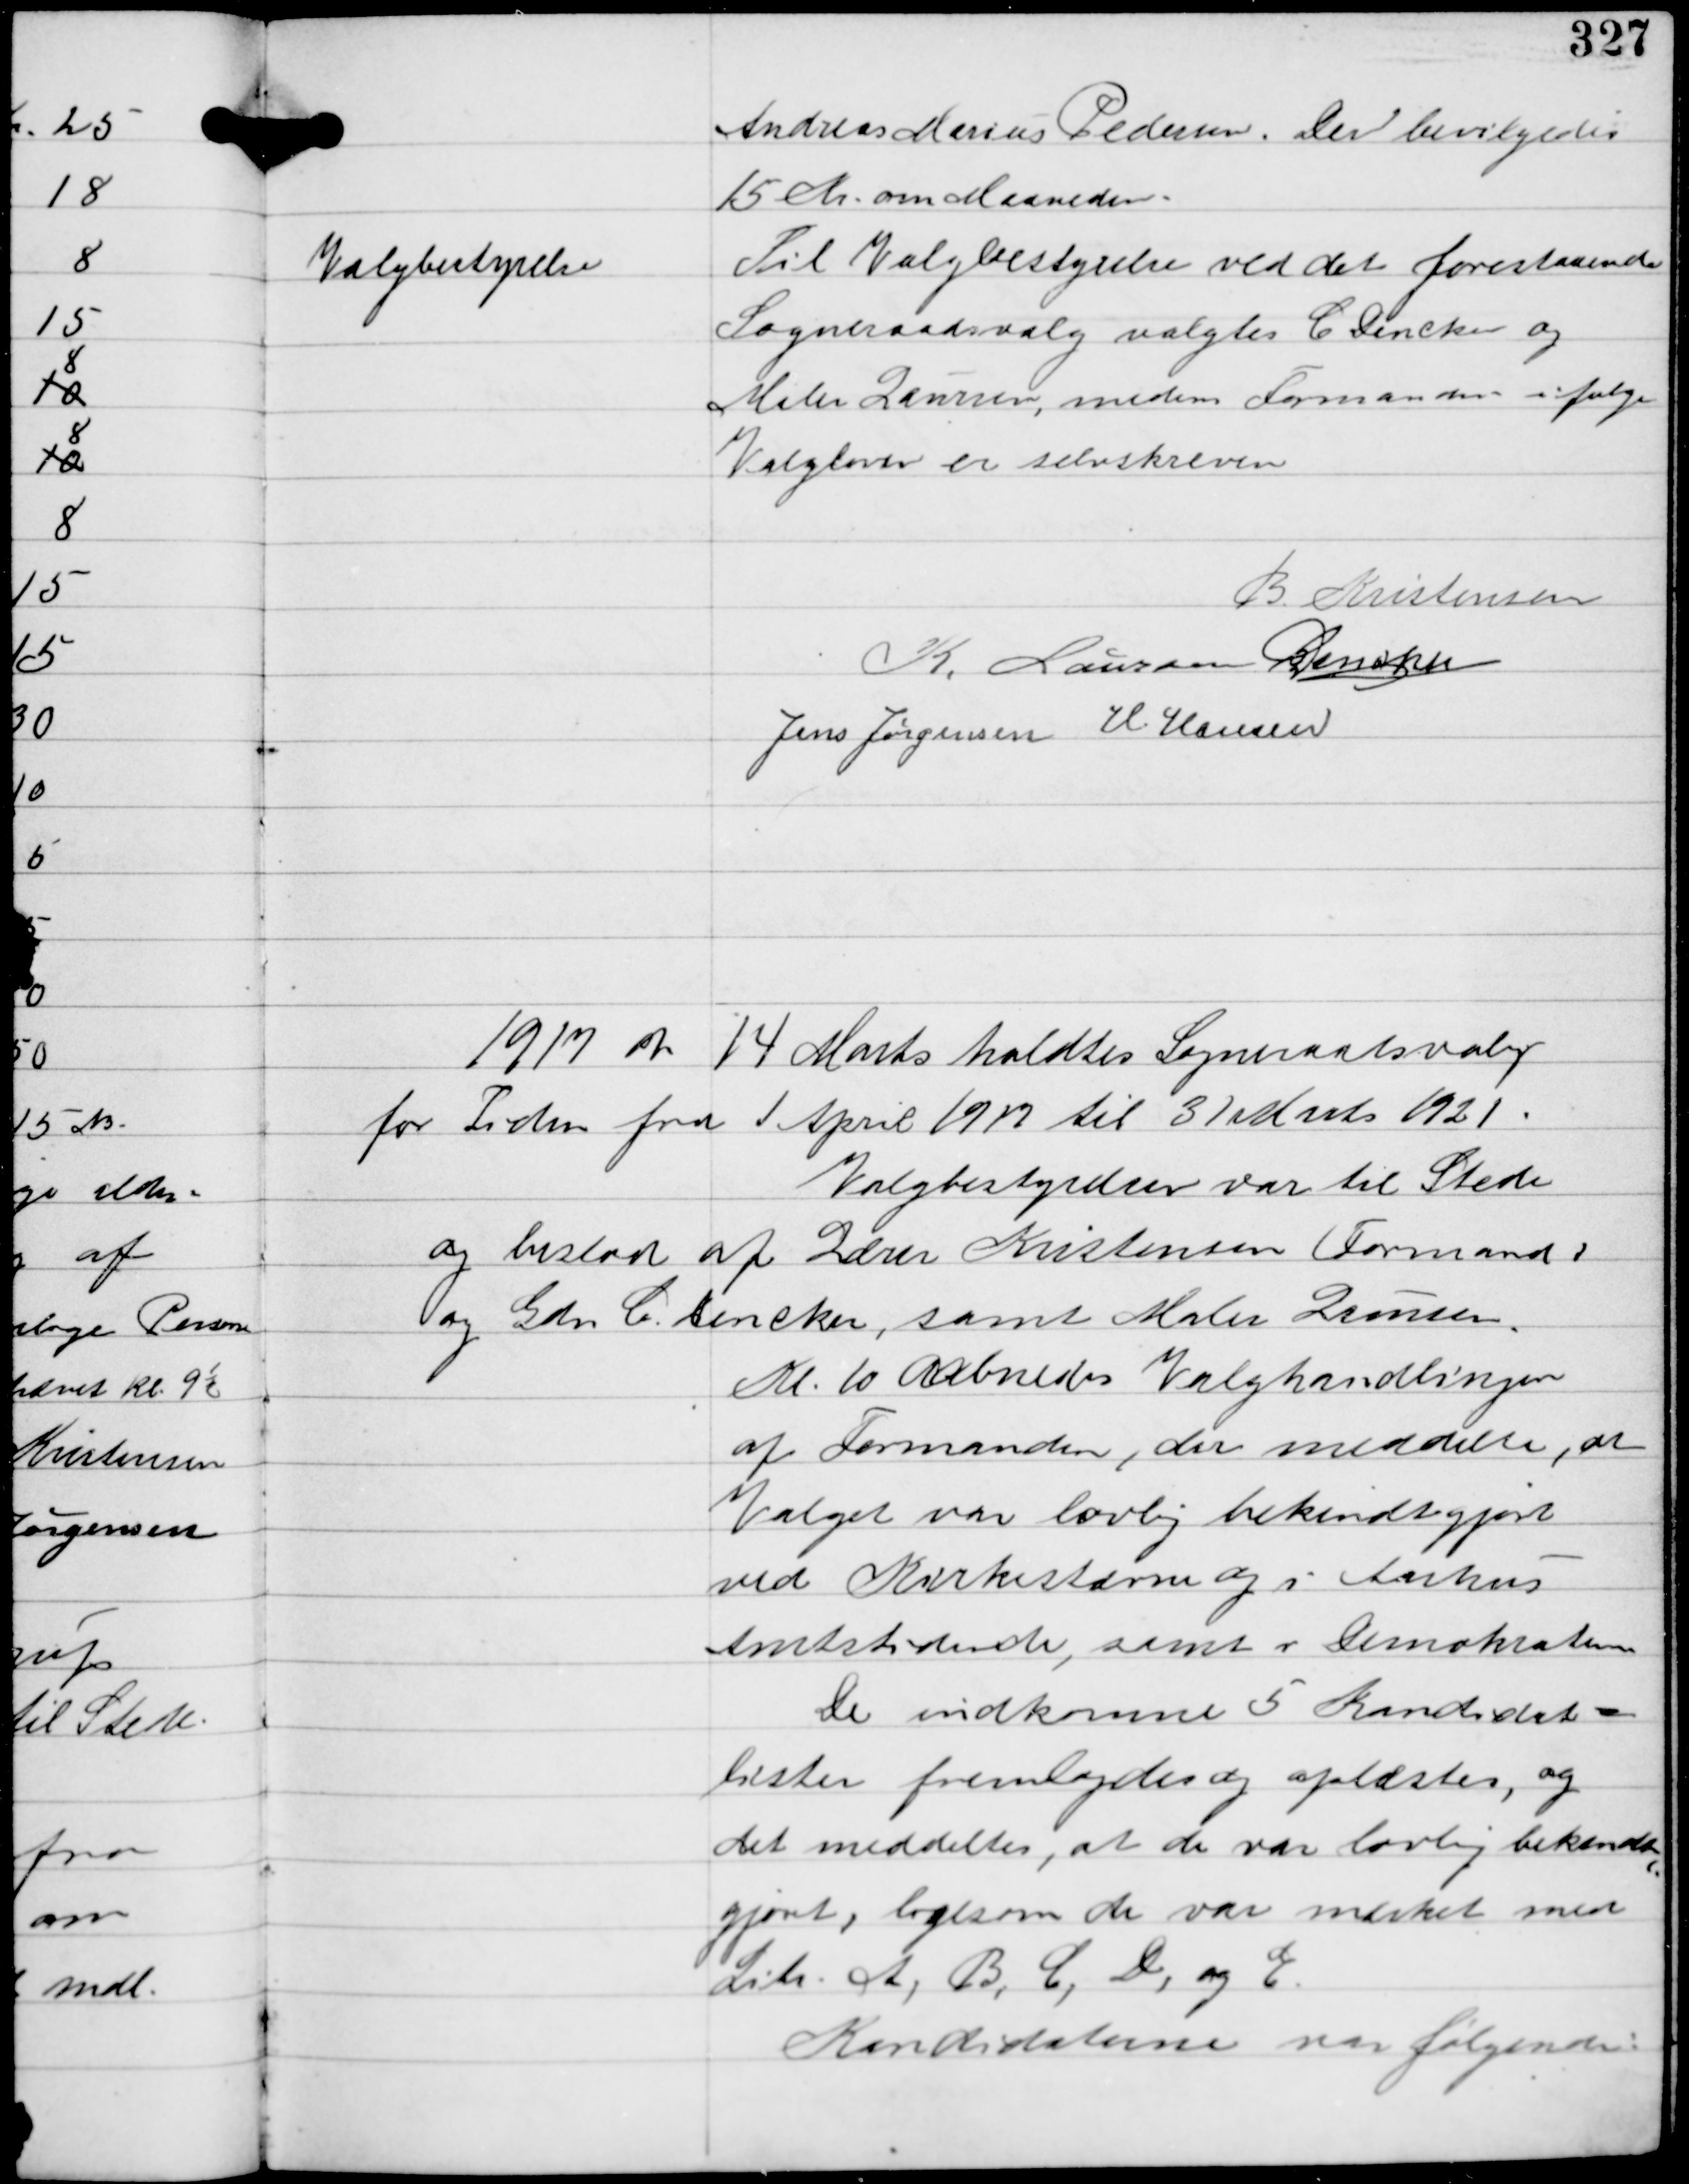
Transskription:
Andreas Marius Pedersen. Der bevilgedes
15 Kr om Maaneden.

Valgbestyrelse

Til Valgbestyrelse ved det Forestaaende
Sogneraadsvalg valgtes C Dencker og
Maler Laursen, medens Formanden ifølge
Valgloven er selvskreven

B. Kristensen
K. Laursen C Dencker
Jens Jørgensen H. Hansen

1917 d. 14 Marts holdtes Sogneraadsvalg
for Tiden fra 1 April 1917 til 31 Marts 1921.
Valgbestyrelsen var til Stede
og bestod af Lærer Kristensen (Formand)
og Gdr. C. Dencker, samt Maler Laursen.
Kl. 10 aabnedes Valghandlingen
af Formanden, der meddelte, at
Valget var lovlig bekendtgjort
ved Kirkestævne og i Aarhus
Amtstidende, samt i Demokraten
De indkomne 5 Kandidat-
lister fremlagdes og oplæstes, og
det meddeltes, at de var lovlig bekendt-
gjort, ligesom de var mærket med
Liste A, B, C, D, og E.
Kandidaterne var følgende: